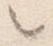
々